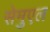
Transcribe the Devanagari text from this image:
सेमुएल